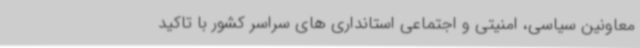
معاونین سیاسی، امنیتی و اجتماعی استانداری های سراسر کشور با تاکید